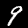
Digit: 9